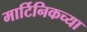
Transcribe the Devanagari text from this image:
मार्टिनिकच्या